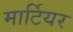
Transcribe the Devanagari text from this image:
मार्टियर